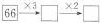
\square {66}\xrightarrow[]{\times 3}\square \xrightarrow[]{\times 2}\square